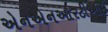
એનએનઆરટીઆઇ